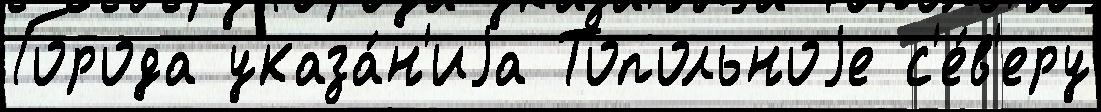
Города указа́н'иjа Топольноjе с'е́в'еру